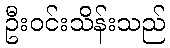
ဦးဝင်းသိန်းသည်